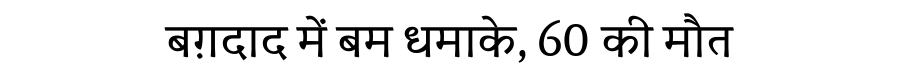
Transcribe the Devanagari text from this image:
बग़दाद में बम धमाके, 60 की मौत